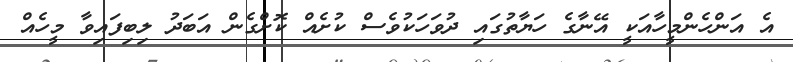
އެ އަންހެންމީހާއަކީ އޭނާގެ ހަޔާތުގައި ދުވަހަކުވެސް ކުށެއް ކޮށްގެން އަބަދު ލިބިފައިވާ މީހެއް